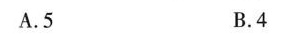
A.5 B.4